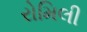
રોમિલી